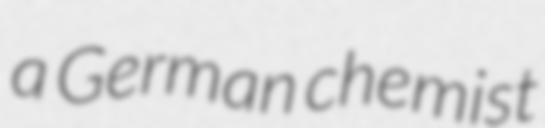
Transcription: a German chemist